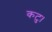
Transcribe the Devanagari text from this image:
कटु।